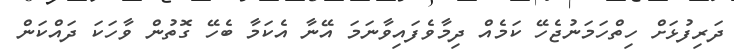
ދަރިފުޅަށް ހިތްހަމަނުޖެހޭ ކަމެއް ދިމާވެފައިވާނަމަ އޭނާ އެކަމާ ބެހޭ ގޮތުން ވާހަކަ ދައްކަން